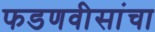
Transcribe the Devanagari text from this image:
फडणवीसांचा